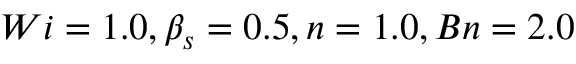
W i = 1 . 0 , \beta _ { s } = 0 . 5 , n = 1 . 0 , B n = 2 . 0